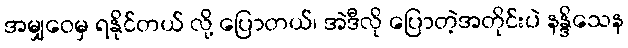
အမျှဝေမှ ရနိုင်တယ် လို့ ပြောတယ်၊ အဲဒီလို ပြောတဲ့အတိုင်းပဲ နန္ဒိသေန